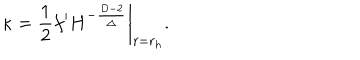
\kappa = \left. { \frac { 1 } { 2 } } f ^ { \prime } H ^ { - { \frac { D - 2 } { \Delta } } } \right| _ { r = r _ { h } } .